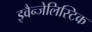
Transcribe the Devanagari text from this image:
इवैन्जेलिस्टिक